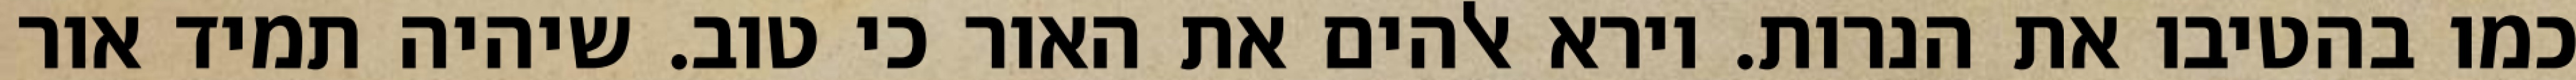
כמו בהטיבו את הנרות. וירא אלהים את האור כי טוב. שיהיה תמיד אור